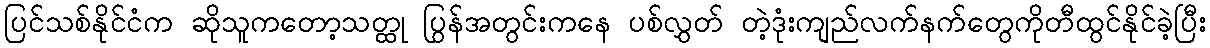
ပြင်သစ်နိုင်ငံက ဆိုသူကတော့သတ္ထု ပြွန်အတွင်းကနေ ပစ်လွှတ် တဲ့ဒုံးကျည်လက်နက်တွေကိုတီထွင်နိုင်ခဲ့ပြီး